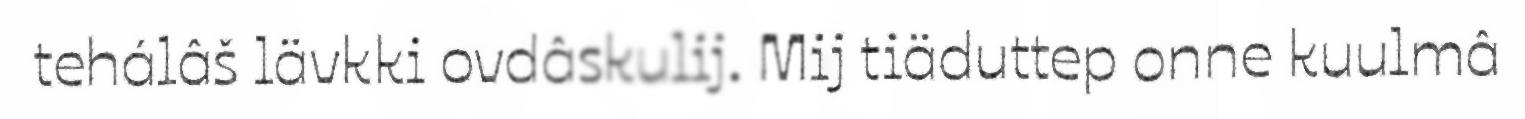
tehálâš lävkki ovdâskulij. Mij tiäduttep onne kuulmâ